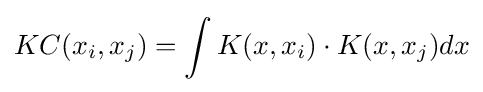
KC(x_{i},x_{j})=\int K(x,x_{i})\cdot K(x,x_{j})dx